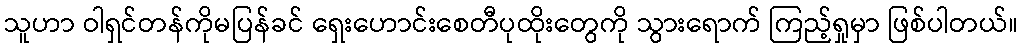
သူဟာ ဝါရှင်တန်ကိုမပြန်ခင် ရှေးဟောင်းစေတီပုထိုးတွေကို သွားရောက် ကြည့်ရှုမှာ ဖြစ်ပါတယ်။